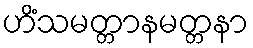
ဟိံသမတ္တာနမတ္တနာ